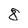
Character: 8